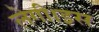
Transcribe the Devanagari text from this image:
लेगी।इस